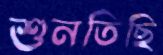
শুনতিছি